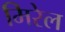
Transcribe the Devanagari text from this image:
मिरेल